Vaccination in Burma 1920-1933 - 1920-1933
Year: 1920
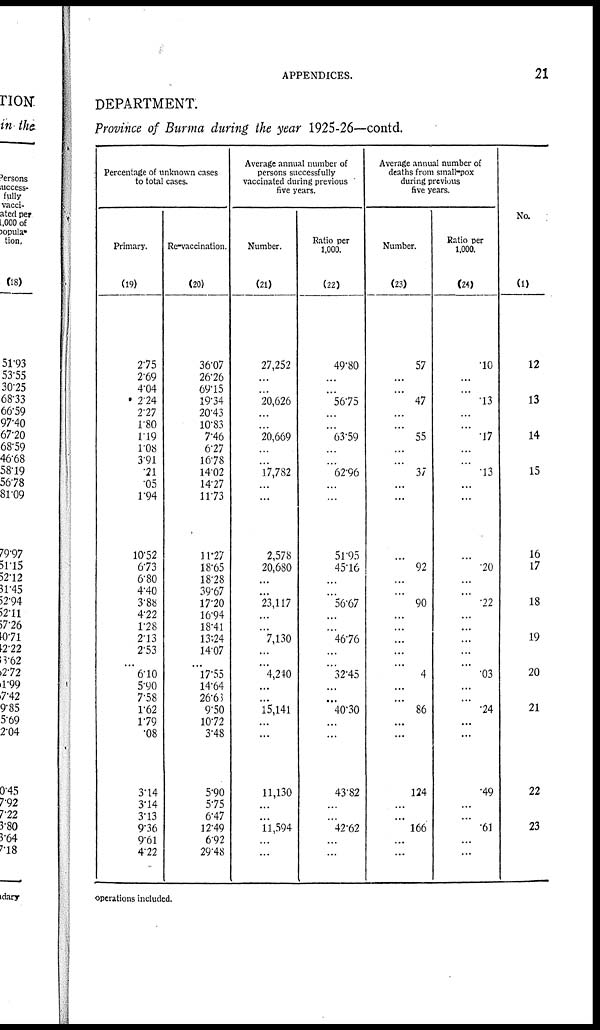
APPENDICES.
21
DEPARTMENT.
Province of Burma during the year 1925-26—contd.
Percentage of unknown cases
to total cases.
Primary.
(19)
275
2.69
4.04
2.24
2.27
1.80
1.19
1.08
3.91
.21
.05
1.94
10.52
6.73
6.80
4.40
3.88
4.22
1.28
2.13
2.53
6.10
5.90
7.58
1.62
1.79
.08
3.14
3.14
3.13
9.36
9.61
4.22
Re-vaccination.
(20)
36.07
26.26
69.15
19.34
20.43
10.83
7.46
6.27
16.78
14.02
14.27
11.73
11.27
18.65
18.28
39.67
17.20
16.94
18.41
13.24
14.07
17.55
14.64
263.63
9.50
10.72
3.48
5.90
5.75
6.47
12.49
6.92
29.48
Average annual number of
persons successfully
vaccinated during previous
five years.
Number.
(21)
27,252
...
...
20,626
...
...
20,669
...
...
77,782
...
...
2,578
20,680
...
...
23,117
...
...
7,130
...
4,240
...
...
15,141
...
...
11,130
...
...
11,594
...
...
Ratio per
1,000.
(22)
49.80
...
...
56.75
...
...
63.59
...
...
62.96
...
...
51.95
45.16
...
...
56.67
...
...
46.76
...
32.45
...
...
40.30
...
...
43.82
...
...
42.62
...
...
Average annual number of
deaths from small-pox
during previous
five years.
Number.
(23)
57
...
...
47
...
...
55
...
...
37
...
...
...
92
...
...
90
...
...
...
...
4
...
...
86
...
...
124
...
...
166
...
...
Ratio per
1.000.
(24)
.10
...
...
.13
...
...
.17
...
...
.13
...
...
...
.20
...
...
.22
...
...
...
...
.03
...
...
.24
...
...
.49
...
...
.61
...
...
No.
(1)
12
...
...
13
...
...
14
...
...
15
...
...
16
17
...
...
18
...
...
19
...
20
...
...
21
...
...
22
...
...
23
...
...
operations included.